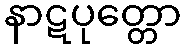
နာဋပုတ္တော